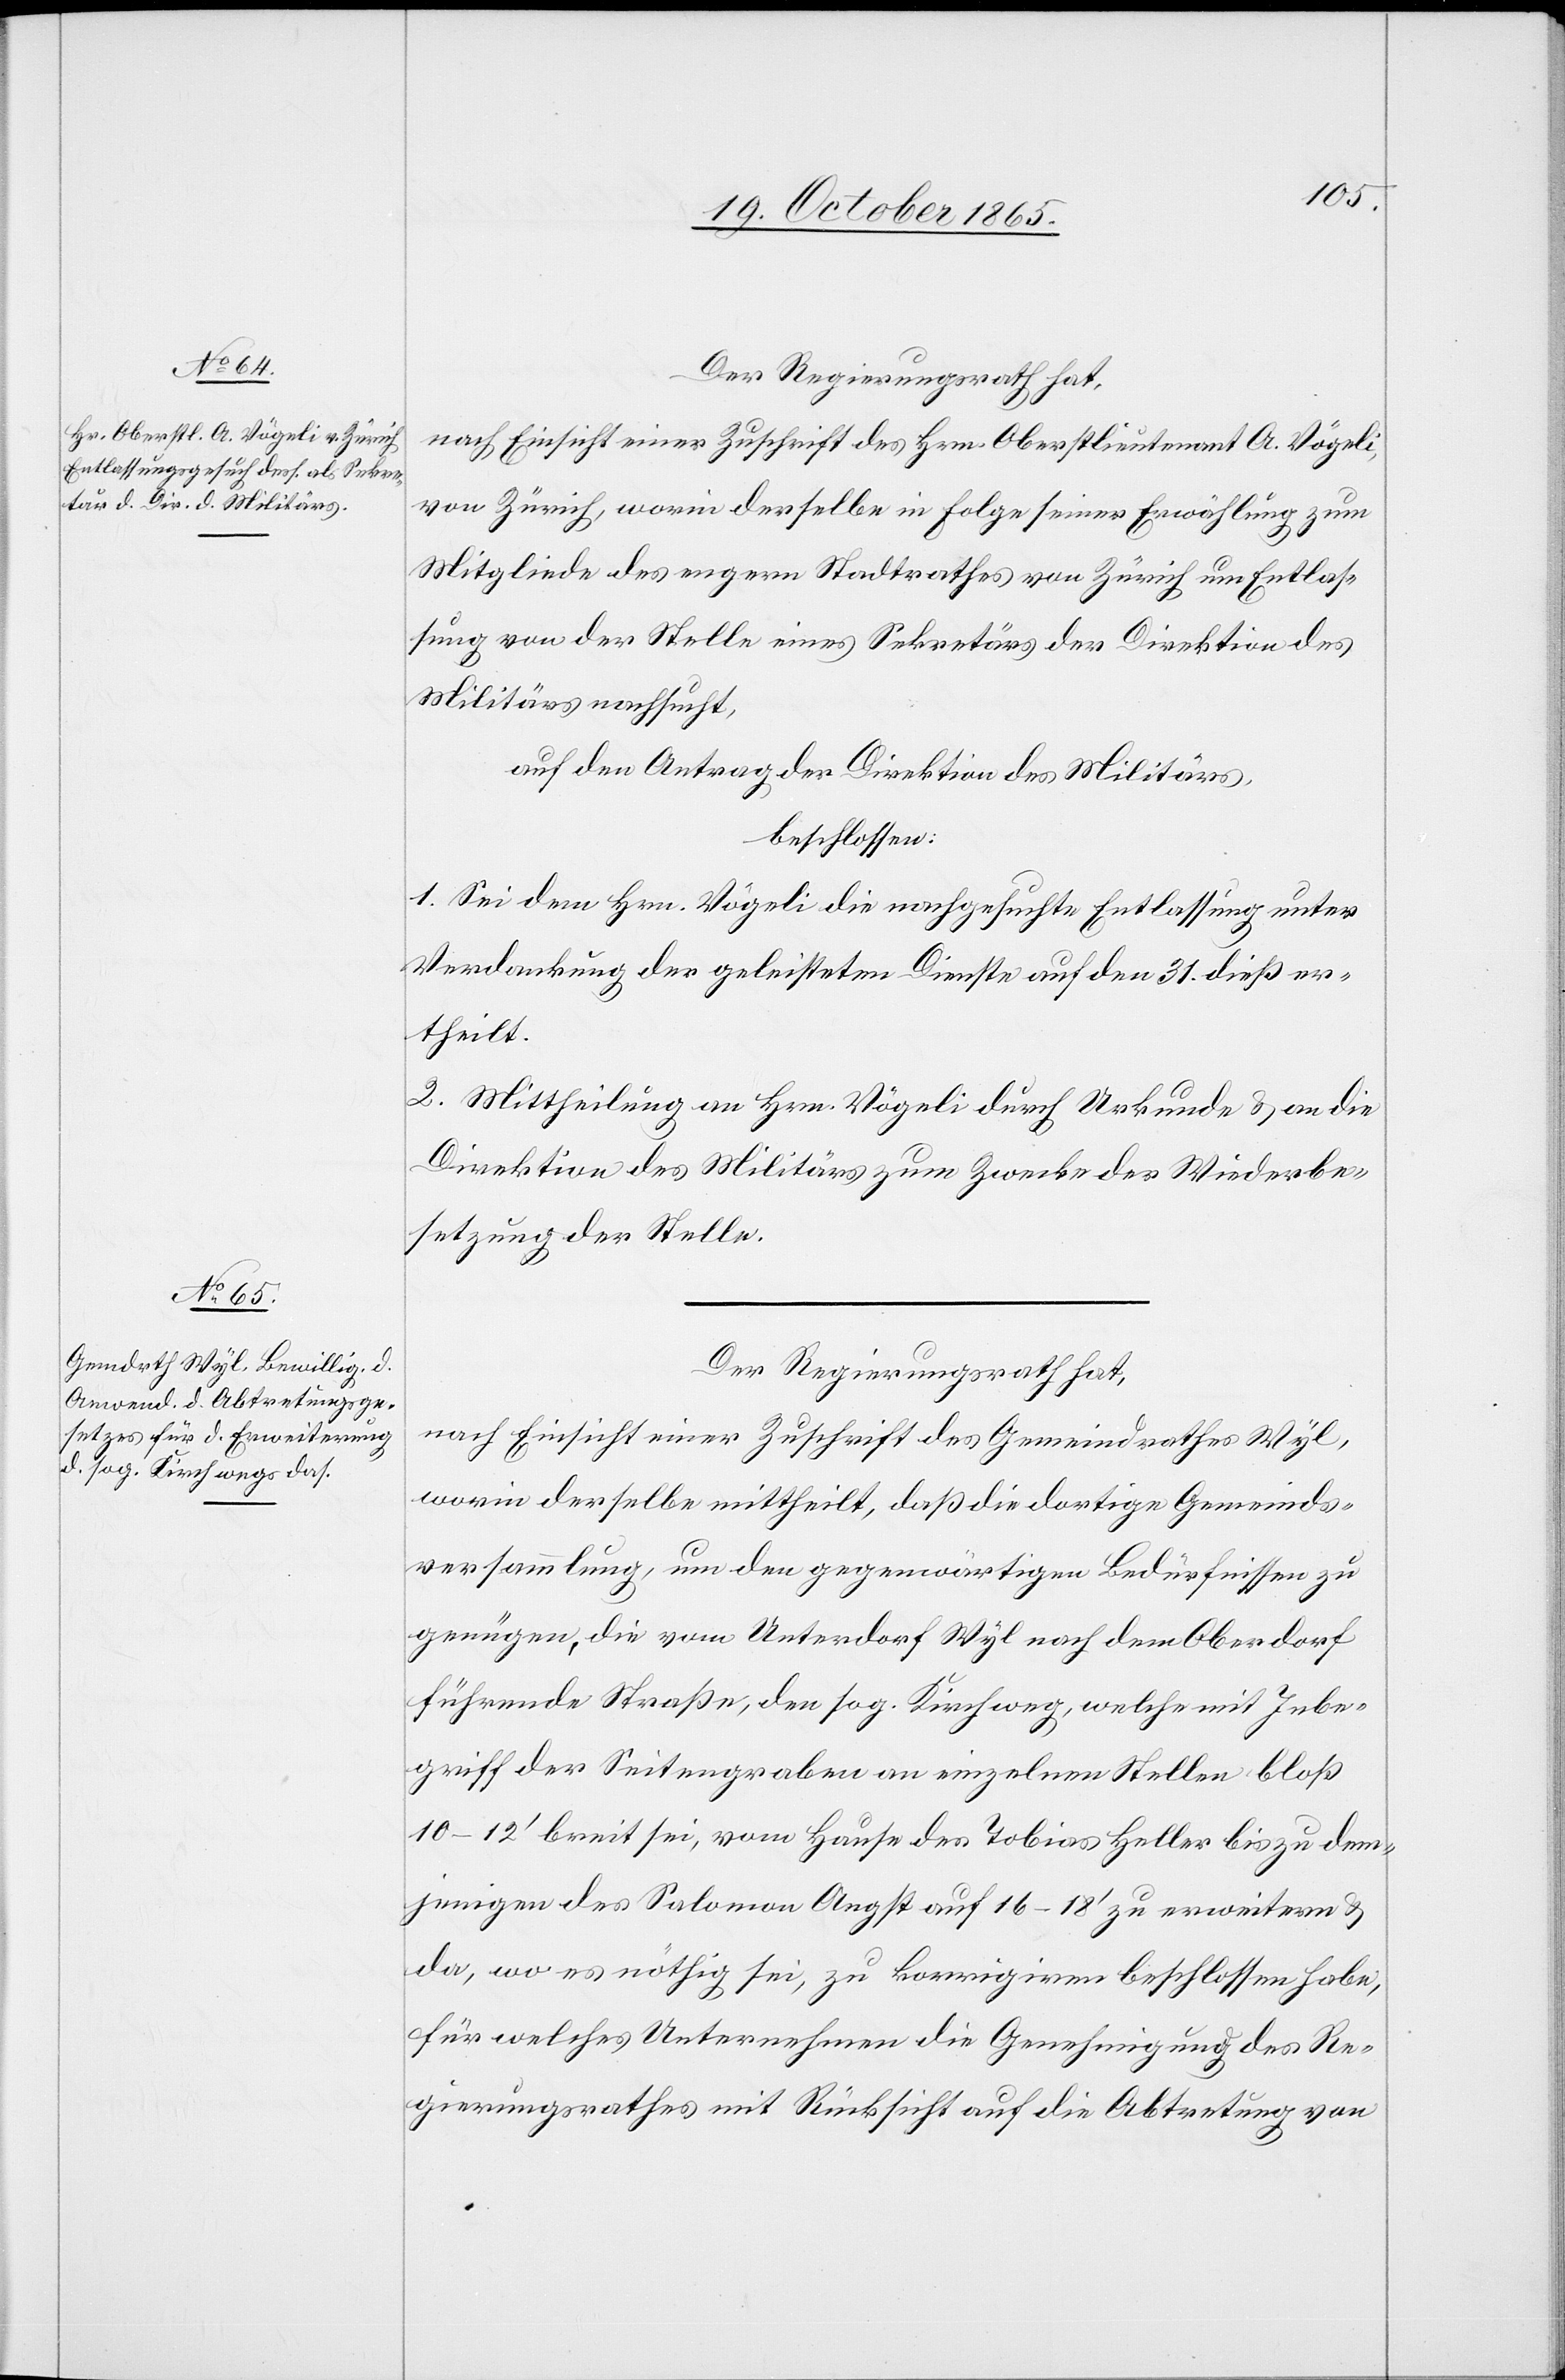
Der Regierungsrath hat,
nach Einsicht einer Zuschrift des Hrn. Oberstlieutenant A. Vögeli,
von Zürich, worin derselbe in Folge seiner Erwählung zum
Mitgliede des engern Stadtrathes von Zürich um Entlas¬
sung von der Stelle eines Sekretärs der Direktion des
Militärs nachsucht,
auf den Antrag der Direktion des Militärs,
beschlossen:
1. Sei dem Hrn. Vögeli die nachgesuchte Entlassung unter
Verdankung der geleisteten Dienste auf den 31. dieß er¬
theilt.
2. Mittheilung an Hrn. Vögeli durch Urkunde & an die
Direktion des Militärs zum Zwecke der Wiederbe¬
setzung der Stelle.
Der Regierungsrath hat,
nach Einsicht einer Zuschrift des Gemeindrathes Wyl,
worin derselbe mittheilt, daß die dortige Gemeinds¬
versammlung, um den gegenwärtigen Bedürfnissen zu
genügen, die vom Unterdorf Wyl nach dem Oberdorf
führende Straße, den sog. Kirchweg, welche mit Inbe¬
griff der Seitengraben an einzelnen Stellen bloß
10–12’ breit sei, vom Hause des Tobias Heller bis zu dem¬
jenigen des Salomon Angst auf 16–18’ zu erweitern &
da, wo es nöthig sei, zu korrigiren beschlossen habe,
für welches Unternehmen die Genehmigung des Re¬
gierungsrathes mit Rücksicht auf die Abtretung von